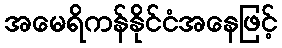
အမေရိကန်နိုင်ငံအနေဖြင့်